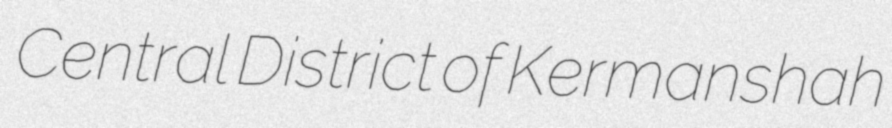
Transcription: Central District of Kermanshah